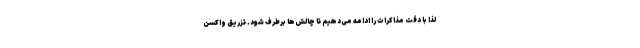
لذا با دقت مذاکرات را ادامه می‌دهیم تا چالش‌ها برطرف شود. تزریق واکسن